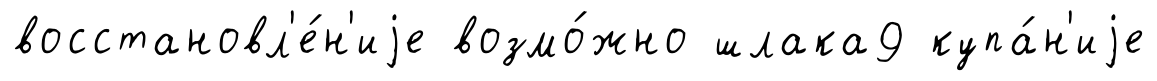
восстановл'е́н'иjе возмо́жно шлака9 купа́н'иjе